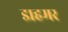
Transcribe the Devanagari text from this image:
डाहमर